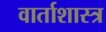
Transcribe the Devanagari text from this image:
वार्ताशास्त्र